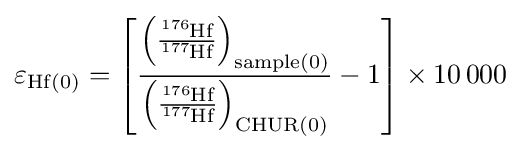
\varepsilon _{{\ce {Hf}}(0)}=\left[{\frac {\left({\frac {{\ce {^{176}Hf}}}{{\ce {^{177}Hf}}}}\right)_{{\ce {sample}}(0)}}{\left({\frac {{\ce {^{176}Hf}}}{{\ce {^{177}Hf}}}}\right)_{{\ce {CHUR}}(0)}}}-1\right]\times 10\,000